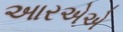
આરએએ